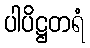
ပါပိဋ္ဌတရံ